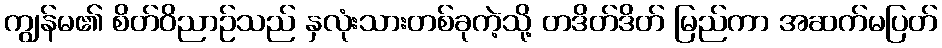
ကျွန်မ၏ စိတ်ဝိညာဉ်သည် နှလုံးသားတစ်ခုကဲ့သို့ တဒိတ်ဒိတ် မြည်ကာ အဆက်မပြတ်